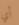
أي